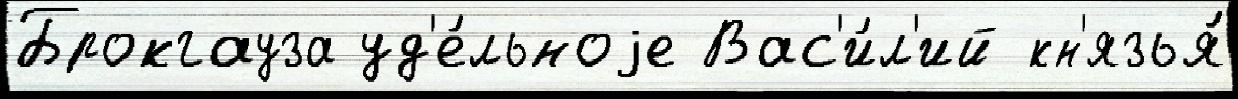
Брокгауза уд'е́льноjе Вас'и́л'ий кн'язья́